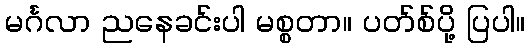
မင်္ဂလာ ညနေခင်းပါ မစ္စတာ။ ပတ်စ်ပို့ ပြပါ။